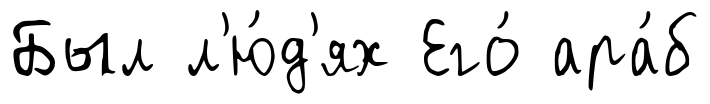
Был л'ю́д'ях Его́ ара́б